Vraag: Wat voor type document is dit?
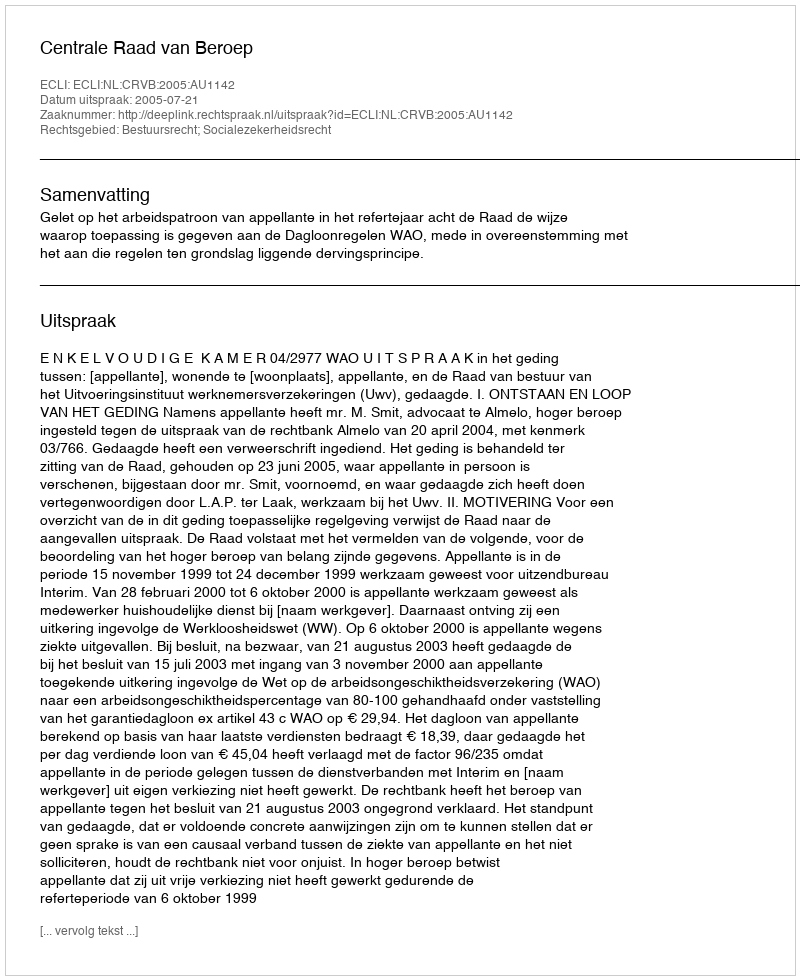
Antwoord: Uitspraak